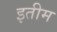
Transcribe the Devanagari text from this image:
इतीम